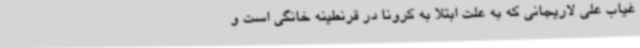
غیاب علی لاریجانی که به علت ابتلا به کرونا در قرنطینه خانگی است و